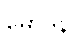
မော်ဒန်